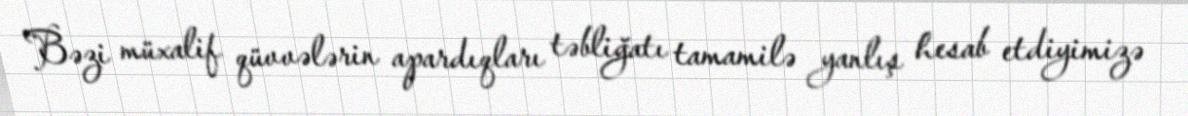
Bəzi müxalif qüvvələrin apardıqları təbliğatı tamamilə yanlış hesab etdiyimizə